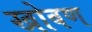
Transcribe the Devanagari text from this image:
खोबण